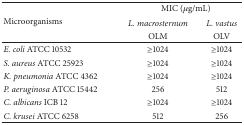
<table><thead><tr><td rowspan="3"><b>Microorganisms</b></td><td colspan="2"><b>MIC (<i>μ</i>g/mL)</b></td></tr><tr><td><b><i>L. macrosternum </i></b></td><td><b><i>L. vastus </i></b></td></tr><tr><td><b>OLM</b></td><td><b>OLV</b></td></tr></thead><tbody><tr><td><i>E. coli</i> ATCC 10532</td><td>≥1024</td><td>≥1024</td></tr><tr><td><i>S. aureus</i> ATCC 25923</td><td>≥1024</td><td>≥1024</td></tr><tr><td><i>K. pneumonia</i> ATCC 4362</td><td>≥1024</td><td>≥1024</td></tr><tr><td><i>P. aeruginosa</i> ATCC 15442</td><td>256</td><td>512</td></tr><tr><td><i>C. albicans</i> ICB 12</td><td>≥1024</td><td>≥1024</td></tr><tr><td><i>C. krusei</i> ATCC 6258</td><td>512</td><td>256</td></tr></tbody></table>